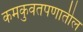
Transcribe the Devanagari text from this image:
कमकुवतपणातील